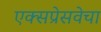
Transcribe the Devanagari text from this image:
एक्सप्रेसवेचा